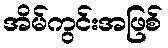
အိမ်ကွင်းအဖြစ်